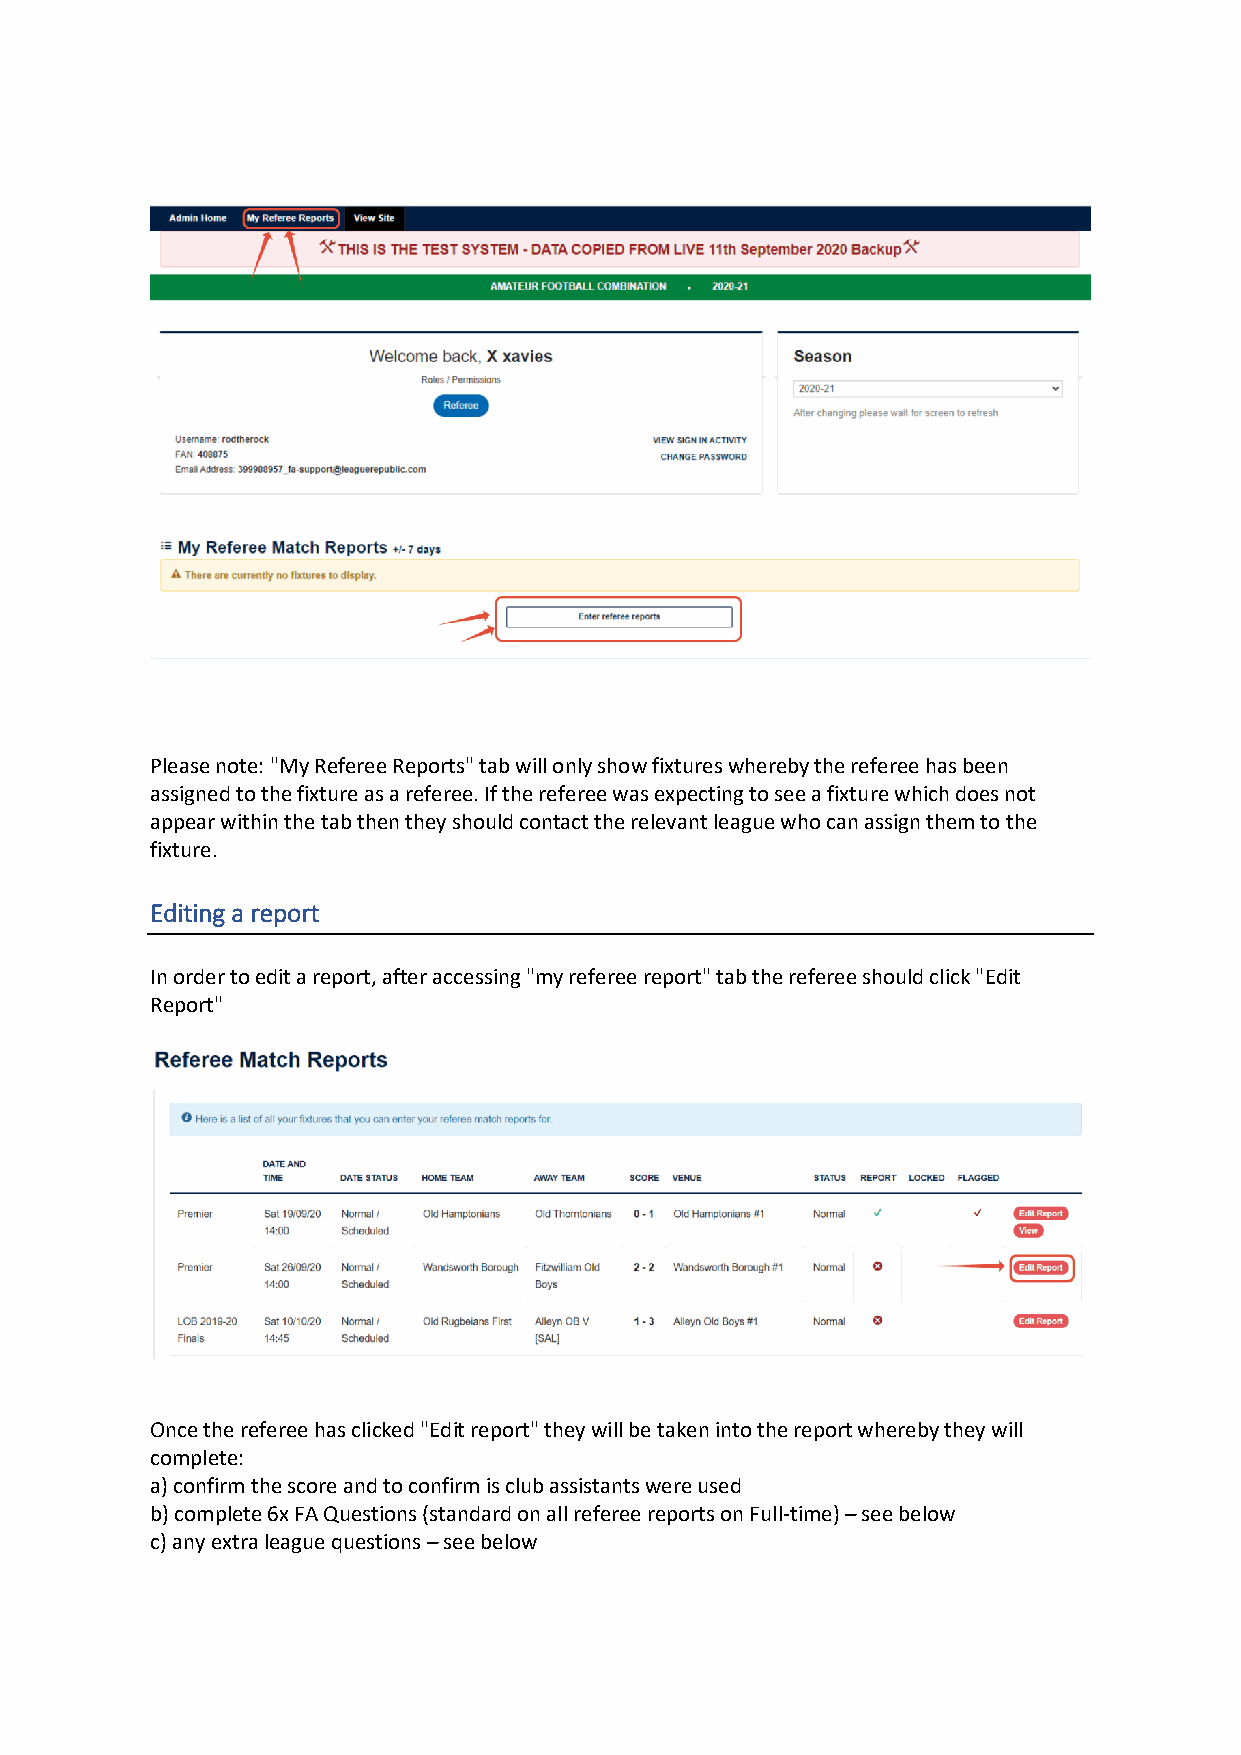
Please note: "My Referee Reports" tab will only show fixtures whereby the referee has been
 assigned to the fixture as a referee. If the referee was expecting to see a fixture which does not
 appear within the tab then they should contact the relevant league who can assign them to the
 fixture.
 Editing a report
 In order to edit a report, after accessing "my referee report" tab the referee should click "Edit
 Report"
 Once the referee has clicked "Edit report" they will be taken into the report whereby they will
 complete:
 a) confirm the score and to confirm is club assistants were used
 b) complete 6x FA Questions (standard on all referee reports on Full-time) – see below
 c) any extra league questions – see below